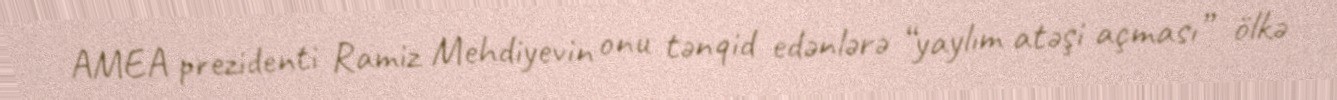
AMEA prezidenti Ramiz Mehdiyevin onu tənqid edənlərə “yaylım atəşi açması” ölkə